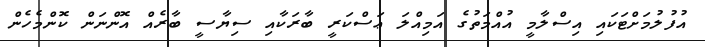
އުފުލުމަށްޓަކައި އިސްލާމީ އުއްމަތުގެ އަމިއްލަ ޢަސްކަރީ ބާރަކާއި ސިޔާސީ ބާރެއް އޮންނަން ކޮންމެހެން